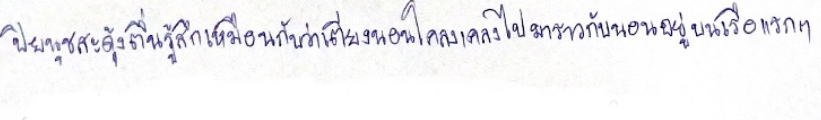
ปิยนุชสะดุ้งตื่นรู้สึกเหมือนกับว่าเตียงนอนโคลงเคลงไปมาราวกับนอนอยู่บนเรือแรกๆ